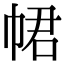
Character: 𢂽